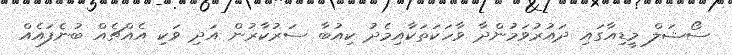
ސޯޝަލް މީޑިއާގައި ދައުރުވަމުންދާ ވާހަކަތަކާއިމެދު ކިއުބާ ސަރުކާރުން އަދި ވަކި އެއްޗެއް ބުނެފައެއް